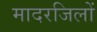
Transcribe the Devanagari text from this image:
मादरजिलों